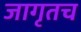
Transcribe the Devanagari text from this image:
जागृतच